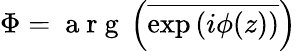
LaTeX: \Phi=\mathrm{~a~r~g~}\left(\overline{{\exp{(i\phi(z))}}}\right)